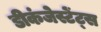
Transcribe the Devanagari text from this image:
डीकंजेस्टेंट्स